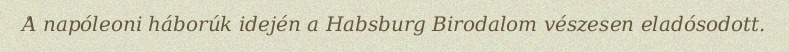
A napóleoni háborúk idején a Habsburg Birodalom vészesen eladósodott.